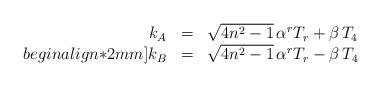
LaTeX: \begin{align*}\begin{array}{rcl}k_A &=& \sqrt{4 n^2 -1} \, \alpha^r T_r + \beta \, T_4\\begin{align*}2mm]k_B &=& \sqrt{4 n^2 -1} \, \alpha^r T_r - \beta \, T_4\end{array}\end{align*}